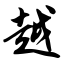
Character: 越